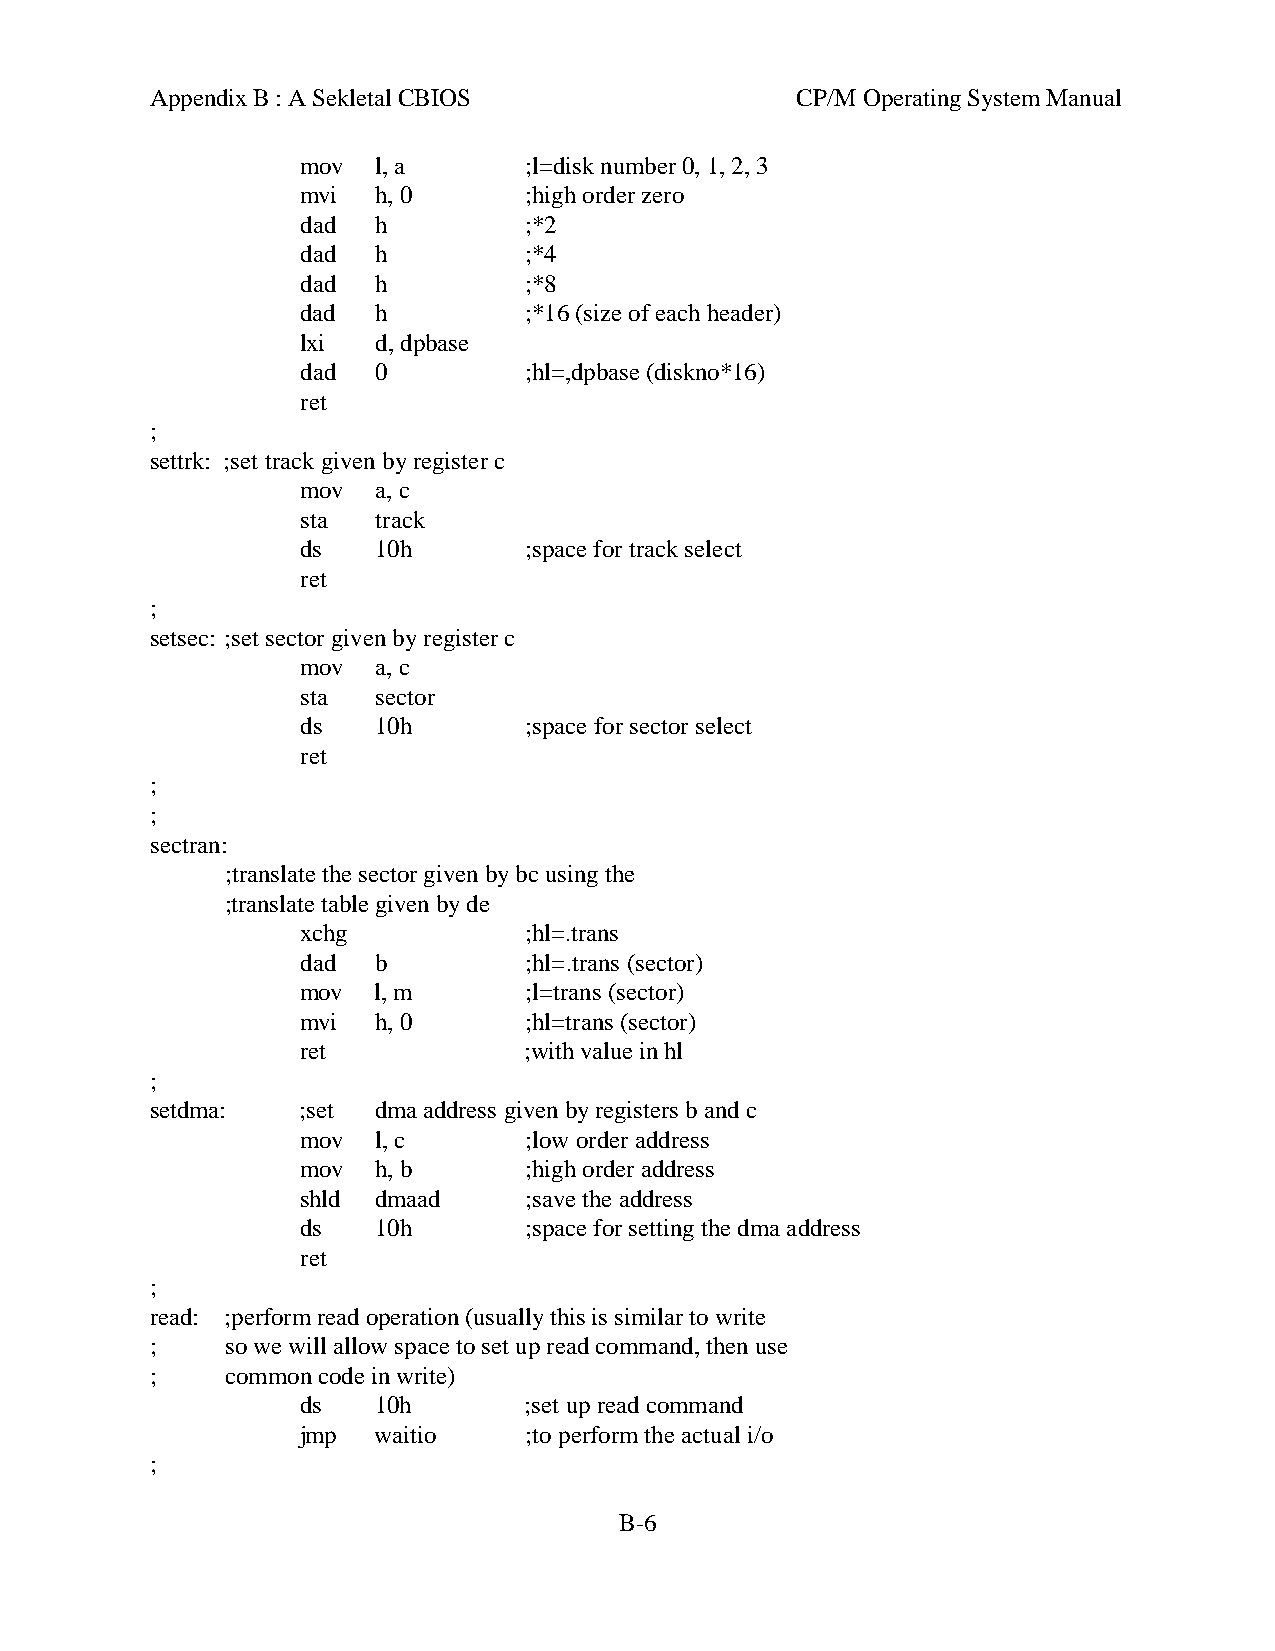
Appendix B : A Sekletal CBIOS              CP/M Operating System Manual
 mov  l, a      ;l=disk number 0, 1, 2, 3
 mvi  h, 0      ;high order zero
 dad  h         ;*2
 dad  h         ;*4
 dad  h         ;*8
 dad  h         ;*16 (size of each header)
 lxi  d, dpbase
 dad  0         ;hl=,dpbase (diskno*16)
 ret
 ;
 settrk: ;set track given by register c
 mov  a, c
 sta  track
 ds   10h       ;space for track select
 ret
 ;
 setsec: ;set sector given by register c
 mov  a, c
 sta  sector
 ds   10h       ;space for sector select
 ret
 ;
 ;
 sectran:
 ;translate the sector given by bc using the
 ;translate table given by de
 xchg           ;hl=.trans
 dad  b         ;hl=.trans (sector)
 mov  l, m      ;l=trans (sector)
 mvi  h, 0      ;hl=trans (sector)
 ret            ;with value in hl
 ;
 setdma:   ;set dma address given by registers b and c
 mov  l, c      ;low order address
 mov  h, b      ;high order address
 shld dmaad     ;save the address
 ds   10h       ;space for setting the dma address
 ret
 ;
 read: ;perform read operation (usually this is similar to write
 ;    so we will allow space to set up read command, then use
 ;    common code in write)
 ds   10h       ;set up read command
 jmp  waitio    ;to perform the actual i/o
 ;
 B-6